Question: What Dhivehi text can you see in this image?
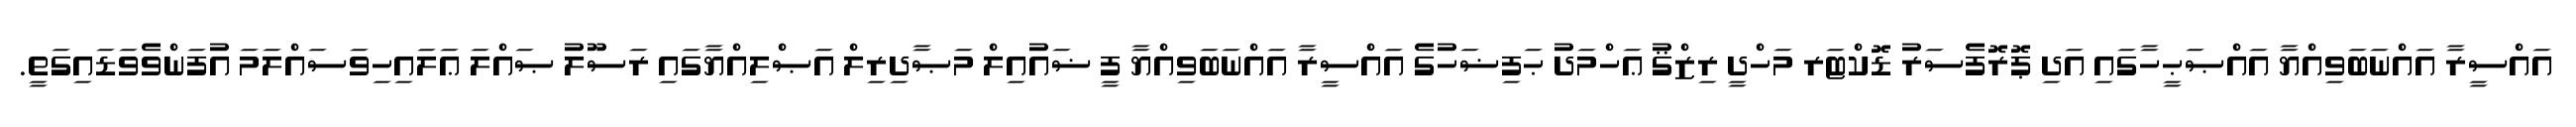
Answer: އައްސީރާ އައްނަބަވިއްޔާ އައްޞަޙީހާގައި އަދި ޕޮރޮފެސަރު ޑޮކްޓަރ މަހްދީ ރިޒްޤު ޢަހްމަދު ޙަފިޟަހުގެ އައްސީރާ އައްނަބަވިއްޔާ ފީ ޟައުއިލް މަޞާދިރިލް އަޞްލިއްޔާގައި ރަސޫލު ޞައްލަ ޢަލައިހިވަސައްލަމަ އުފަންވެވަޑައިގަތީ.